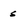
Character: s